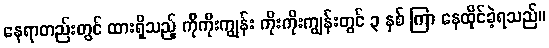
နေရာတည်းတွင် ထားရှိသည့် ကိုကိုးကျွန်း ကိုးကိုးကျွန်းတွင် ၃ နှစ် ကြာ နေထိုင်ခဲ့ရသည်။